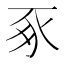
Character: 豖